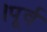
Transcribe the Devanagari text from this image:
।पूर्व